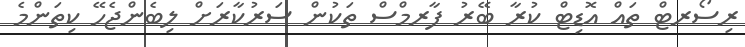
ރިސޯރޓް ތައް އޮޑިޓް ކުރާ ބޭރު ފާރމްސް ތަކުން ސަރުކާރަށް ލިބެންޖެހޭ ކިތަންމެ